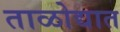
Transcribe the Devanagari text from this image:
ताळोद्यात